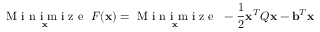
\underset { \bf x } { \mathrm { ~ M ~ i ~ n ~ i ~ m ~ i ~ z ~ e ~ } } \ F ( { \bf x } ) = \underset { \bf x } { \mathrm { ~ M ~ i ~ n ~ i ~ m ~ i ~ z ~ e ~ } } \ - \frac { 1 } { 2 } { \bf x } ^ { T } Q { \bf x } - { \bf b } ^ { T } { \bf x }